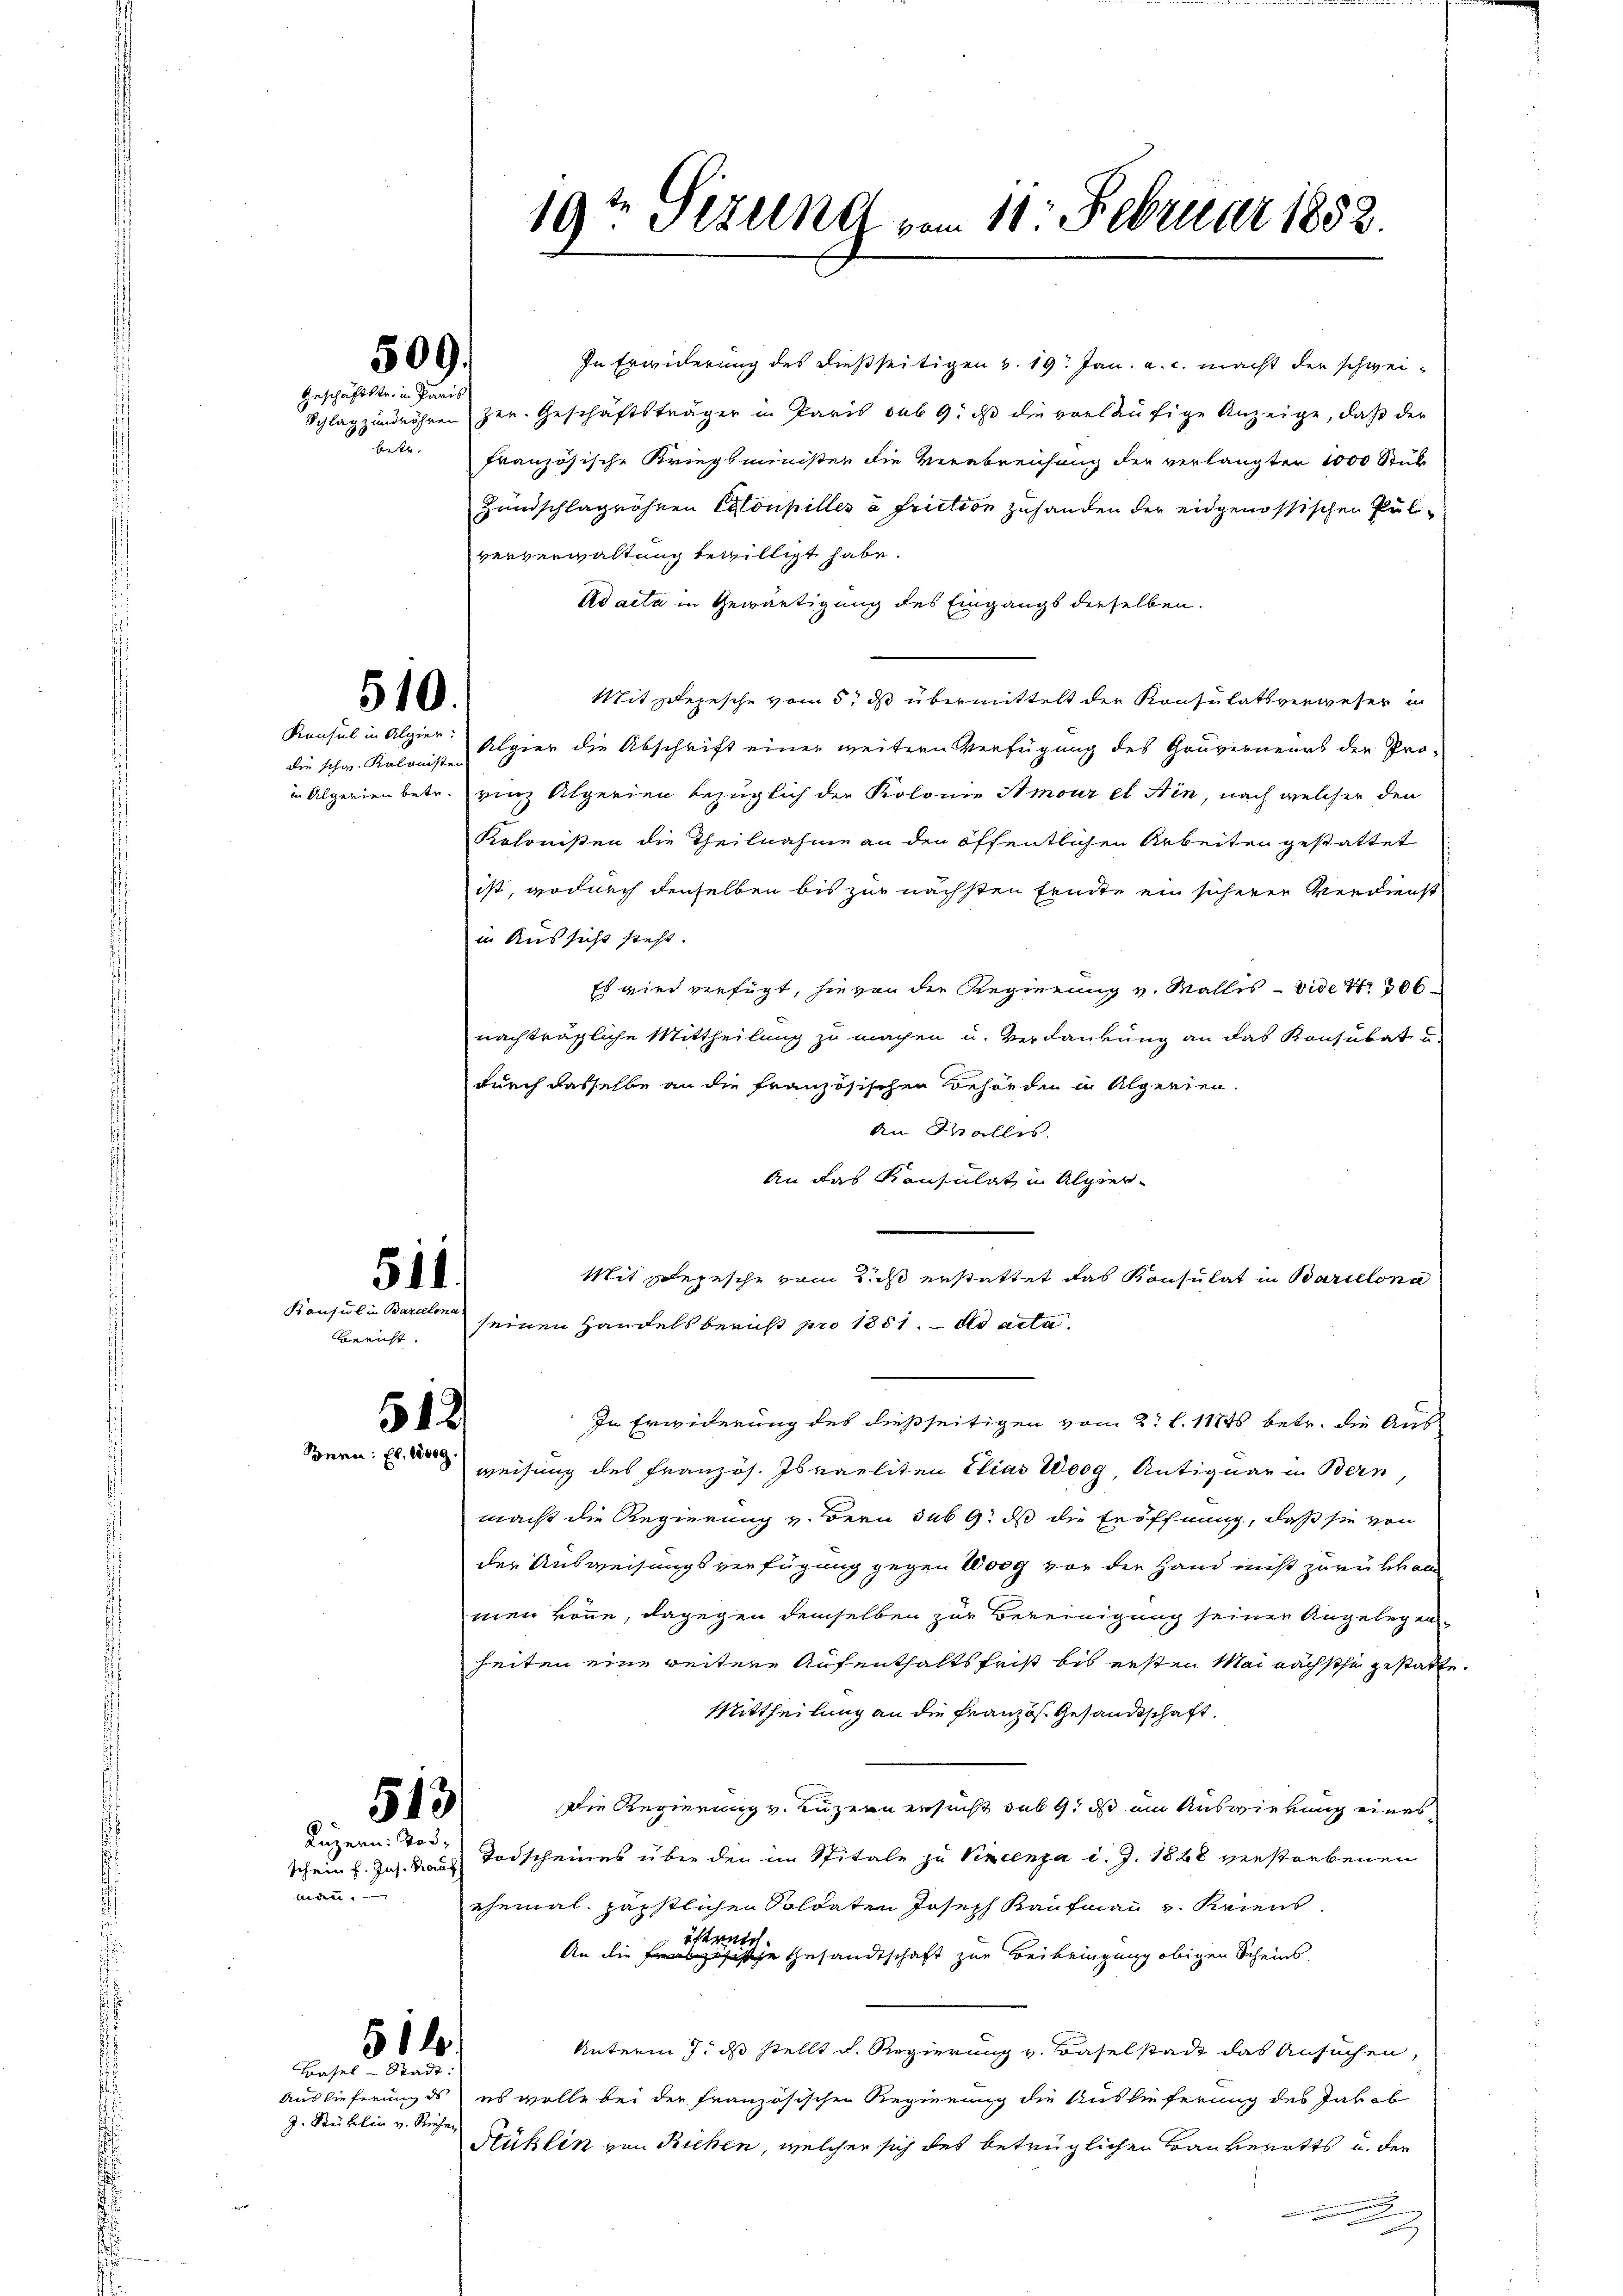
Konsul in Algier
die schw. Kolonister

Konsul in Barcelona
Bericht.

509.
Geschäftstr. in Paris

510.

511
512

. 513
Luzern Tod¬

mann.

In Erwiderung des dießseitigen v. 19. Jan. a. c. macht der schwei¬
Schlag zundröhren her. Geschäftsträger in Paris sub 9. ds die vorläufige Anzeige, daß der
betr. Französische Kriegsminister die Verabrenhang der verlangten 1000 Stück
Zundschlagnöhnen Coupilles à fruction zuhanden der eidgenössischen Pulververwaltung bewilligt habe.
Ad acta in Gewärtigung des Eingangs derselben.
Mit depesche vom 5. ds übermittelt der Konsulatsverweser in
Algier die Abschrift einer weitern Verfügung des Gouverneurs der Proin Alperien betr. einz Algerien bezüglich der Kolonie Amour et Hin, nach welcher den
Kolonisten die Theilnahme an den öffentlichen Arbeiten gestattet
ist, wodurch denselben bis zur nächsten Fricke ein sicherer Verdienst
in Aussicht steht.
Es wird verfügt, hievon die Regierung v. Wallis - vide Nr. 306
nachträgliche Mittheilung zu machen u. Verdankung an das Konsubat u
durch dasselbe an die französischen Behörden in Algerien.
An Wallis.
An das Konsulat in Alpser¬
Mit Depesche vom Richt erstattet das Konsulat in Barillona
seinen Handels beruht pro 1851. ds acta
In Erwiderung des dießseitigen vom 2. l. 11845 betr. die Aus
Spern: Es weisung des Französ. Israeliten Elias Worg, Antiquar in Bern,
macht die Regierung v. Bern sub 9. ds die Eröffnung, daß sie von
der Ausweisungsverfügung gegen Weg vor der Hand nicht zurückkon
men könne, dagegen demselben zur Bereinigung seiner Angelegenheiten eine weitere Aufenthaltsfrist bis ersten Mai nachsche gestatt
Mittheilung an die Französ. Gesandtschaft.
Die Regierung v. Luzern ersucht, sub 9. ds am Auswirkung eines
schein h. Jos. Raus Todscheines über den im Spitale zu Vincenza d. J. 1828 verstorbenen
ehemal päpstlichen Soldaten Joseph Kaufmann u. Kriens
iftrete
An die Französische Gesandtschaft zur Beibringung obigen Scheins
Unterm 7. ds stellt u. Regierung v. Baselstadt das Ansuchen,
Auslieferung ds es wolle bei der französischen Regierung die Auslieferung des Jakob
Stuklin von Riehen, welcher sich des betrüglichen Bauverotts u. der
u

514
Basel-Stadt:

g. Kühlin v. Reche

19te Sitzung vom 11. Februar 1852.